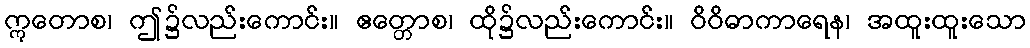
ဣတောစ၊ ဤ၌လည်းကောင်း။ ဧတ္တောစ၊ ထို၌လည်းကောင်း။ ဝိဝိဓာကာရေန၊ အထူးထူးသော